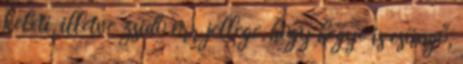
keleti, illetve zsidó orr jellege, hogy hegye is csüngő,